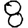
Digit: 8